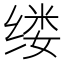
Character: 缕